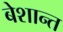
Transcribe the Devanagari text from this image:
बेशान्त